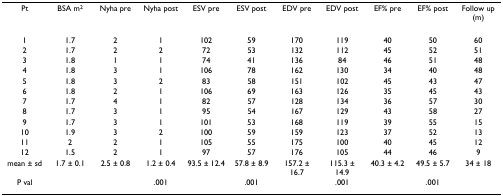
| Pt | BSA m2 | Nyha pre | Nyha post | ESV pre | ESV post | EDV pre | EDV post | EF% pre | EF% post | Follow up (m) |
 | --- | --- | --- | --- | --- | --- | --- | --- | --- | --- | --- |
 | 1 | 1.7 | 2 | 1 | 102 | 59 | 170 | 119 | 40 | 50 | 60 |
 | 2 | 1.7 | 2 | 2 | 72 | 53 | 132 | 112 | 45 | 52 | 51 |
 | 3 | 1.8 | 1 | 1 | 74 | 41 | 136 | 84 | 46 | 51 | 48 |
 | 4 | 1.8 | 3 | 1 | 106 | 78 | 162 | 130 | 34 | 40 | 48 |
 | 5 | 1.8 | 3 | 2 | 83 | 58 | 151 | 102 | 45 | 43 | 47 |
 | 6 | 1.8 | 2 | 1 | 106 | 69 | 163 | 126 | 35 | 45 | 43 |
 | 7 | 1.7 | 4 | 1 | 82 | 57 | 128 | 134 | 36 | 57 | 30 |
 | 8 | 1.7 | 3 | 1 | 95 | 54 | 167 | 129 | 43 | 58 | 27 |
 | 9 | 1.7 | 3 | 1 | 101 | 53 | 168 | 119 | 39 | 55 | 15 |
 | 10 | 1.9 | 3 | 2 | 100 | 59 | 159 | 123 | 37 | 52 | 13 |
 | 11 | 2 | 2 | 1 | 105 | 55 | 175 | 100 | 40 | 45 | 12 |
 | 12 | 1.5 | 2 | 1 | 97 | 57 | 176 | 105 | 44 | 46 | 9 |
 | mean ± sd | 1.7 ± 0.1 | 2.5 ± 0.8 | 1.2 ± 0.4 | 93.5 ± 12.4 | 57.8 ± 8.9 | 157.2 ± 16.7 | 115.3 ± 14.9 | 40.3 ± 4.2 | 49.5 ± 5.7 | 34 ± 18 |
 | P val |  |  | .001 |  | .001 |  | .001 |  | .001 |  |